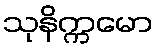
သုနိက္ကမော